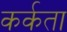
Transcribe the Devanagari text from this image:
कर्कता